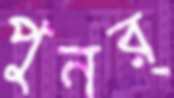
পুনর্